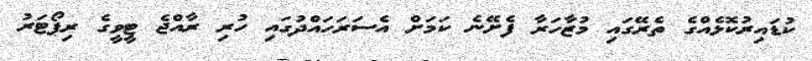
ކުޑައިރުކޮޅެއްގެ ތެރޭގައި މުޒާހަރާ ފެށޭނެ ކަމަށް އެސަރަހައްދުގައި ހުރި ރާއްޖެ ޓީވީގެ ރިޕޯޓަރު